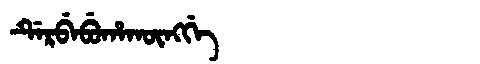
Manchu: ᡩᡝᡵᠪᡝᠪᡠᡥᠠᡴᡡᠩᡤᡝ
Romanization: DERBEBUHAKŪNGGE